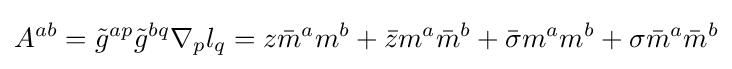
A^{ab}={\tilde {g}}^{ap}{\tilde {g}}^{bq}\nabla _{p}l_{q}=z{\bar {m}}^{a}m^{b}+{\bar {z}}m^{a}{\bar {m}}^{b}+{\bar {\sigma }}m^{a}m^{b}+\sigma {\bar {m}}^{a}{\bar {m}}^{b}